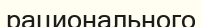
рационального